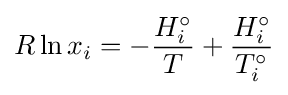
R\ln x_{i}=-{\frac {H_{i}^{\circ }}{T}}+{\frac {H_{i}^{\circ }}{T_{i}^{\circ }}}